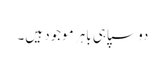
دو سپاہی باہر موجود ہیں۔